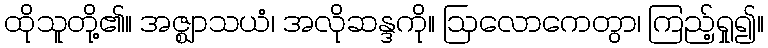
ထိုသူတို့၏။ အဇ္ဈာသယံ၊ အလိုဆန္ဒကို။ ဩလောကေတွာ၊ ကြည့်ရှု၍။